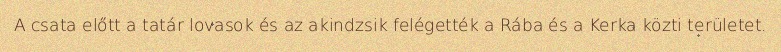
A csata előtt a tatár lovasok és az akindzsik felégették a Rába és a Kerka közti területet.